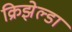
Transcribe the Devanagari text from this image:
क्रिझेल्डा